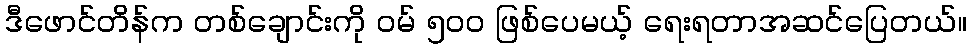
ဒီဖောင်တိန်က တစ်ချောင်းကို ဝမ် ၅၀၀ ဖြစ်ပေမယ့် ရေးရတာအဆင်ပြေတယ်။